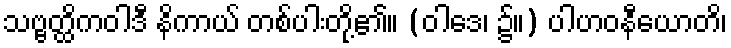
သဗ္ဗတ္ထိကဝါဒီ နိကာယ် တစ်ပါးတို့၏။ (ဝါဒေ၊ ၌။) ပါဟဝနီယောတိ၊